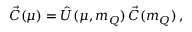
\vec { C } ( \mu ) = \hat { U } ( \mu , m _ { Q } ) \, \vec { C } ( m _ { Q } ) \, ,